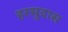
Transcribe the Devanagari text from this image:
हरसुदास